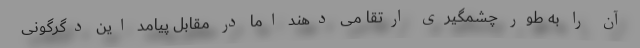
آن را به طور چشمگیری ارتقا می دهند اما در مقابل پیامد این دگرگونی